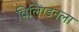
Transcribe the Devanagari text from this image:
विलिंग्डनला